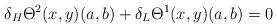
LaTeX: \begin{align*}\delta_H\Theta^2(x,y)(a,b)+\delta_L\Theta^1(x,y)(a,b)=0\end{align*}